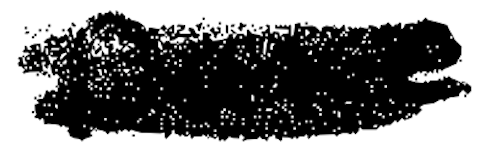
Text: Dance
Cross-out: scratch
Writing tool: digital_black